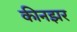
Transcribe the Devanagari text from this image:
कीनझर